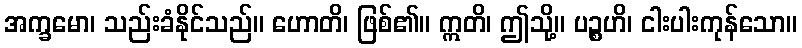
အက္ခမော၊ သည်းခံနိုင်သည်။ ဟောတိ၊ ဖြစ်၏။ ဣတိ၊ ဤသို့။ ပဉ္စဟိ၊ ငါးပါးကုန်သော။